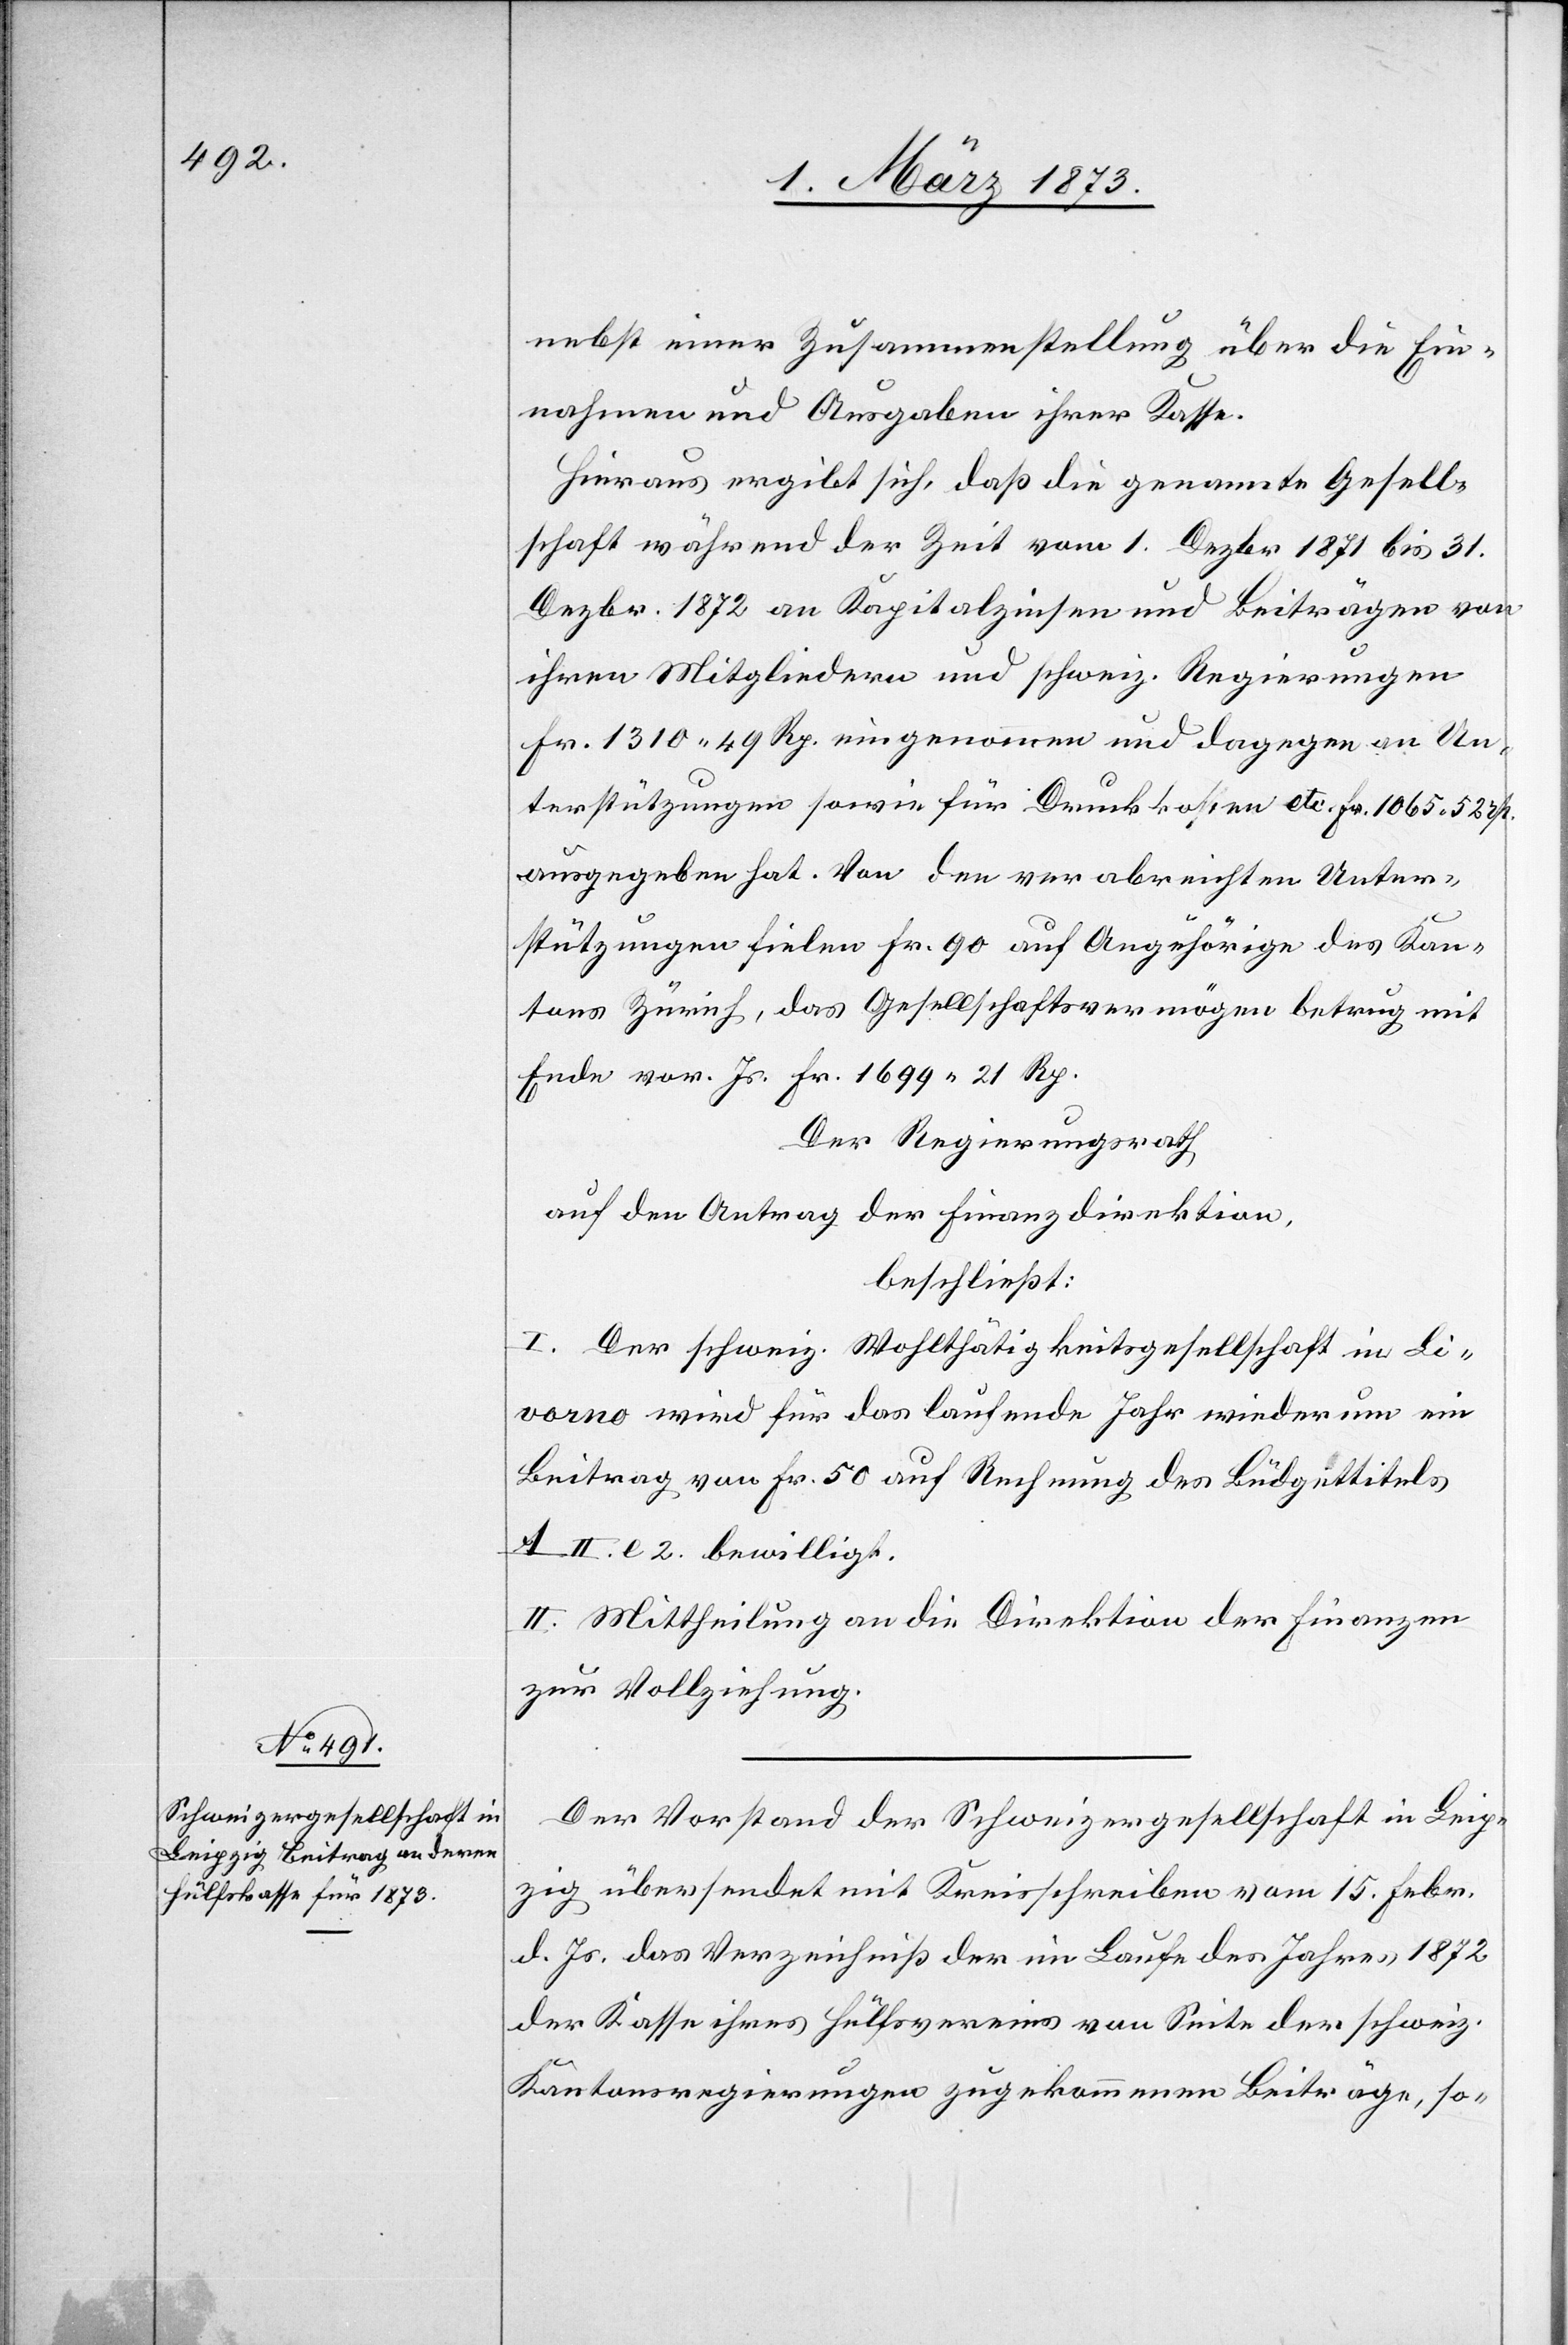
nebst einer Zusammenstellung über die Ein¬
nahmen und Ausgaben ihrer Kasse.
Hieraus ergibt sich, daß die genannte Gesell¬
schaft während der Zeit vom 1. Dezbr 1871 bis 31.
Dezbr. 1872 an Kapitalzinsen und Beiträgen von
ihren Mitgliedern und schweiz. Regierungen
Fr. 1310.49 Rp. eingenommen und dagegen an Un¬
terstützungen sowie für Druckkosten etc. Fr. 1065.52 rp.
ausgegeben hat. Von den verabreichten Unter¬
stützungen fielen Fr. 90 auf Angehörige des Kan¬
tons Zürich, das Gesellschaftsvermögen betrug mit
Ende vor. Js. Fr. 1699.21 Rp.
Der Regierungsrath,
auf den Antrag der Finanzdirektion,
beschließt:
I. Der schweiz. Wohlthätigkeitsgesellschaft in Li¬
vorno wird für das laufende Jahr wiederum ein
Beitrag von Fr. 50 auf Rechnung des Budgettitels
A. II. l 2. bewilligt.
II. Mittheilung an die Direktion der Finanzen
zur Vollziehung.
Der Vorstand der Schweizergesellschaft in Leip¬
zig übersendet mit Kreisschreiben vom 15. Febr.
d. Js. das Verzeichniß der im Laufe des Jahres 1872
der Kasse ihres Hülfsvereins von Seite der schweiz.
Kantonsregierungen zugekommenen Beiträge, so-